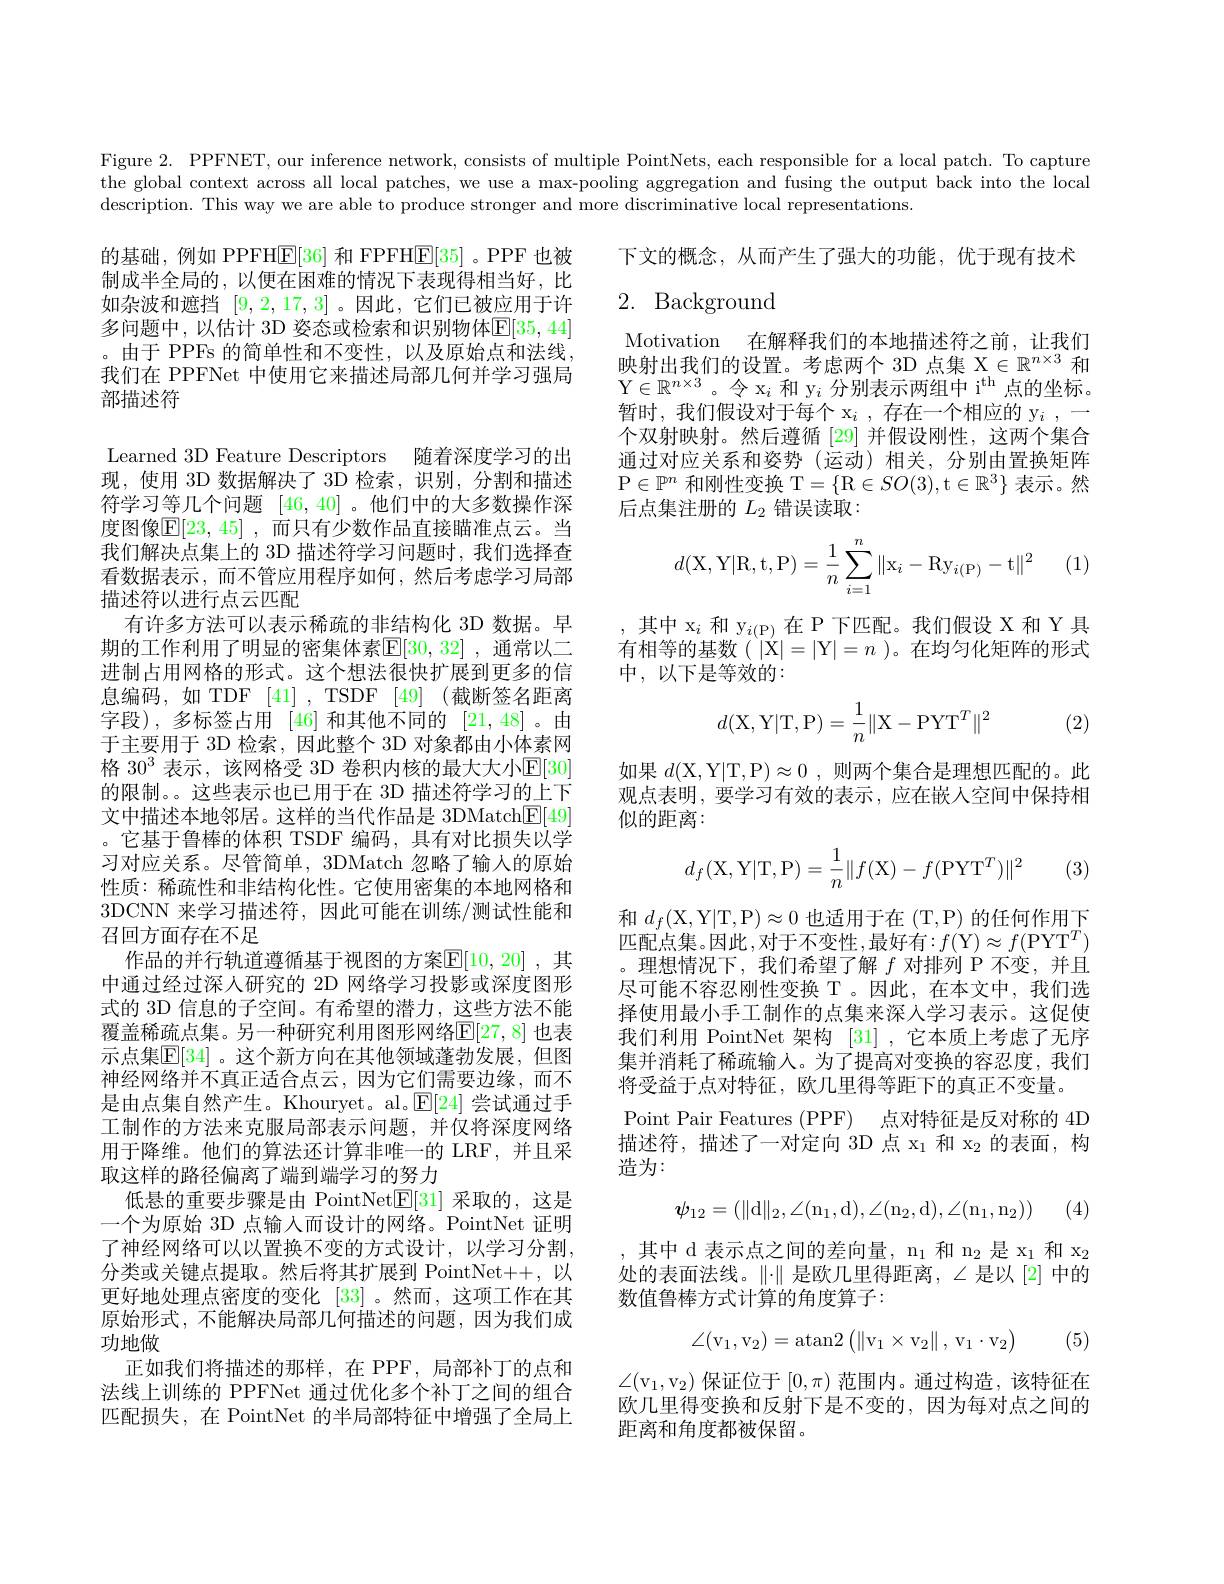
Figure 2. PPFNET, our inference network, consists of multiple PointNets, each responsible for a local patch. To capture the global context across all local patches, we use a max-pooling aggregation and fusing the output back into the local description. This way we are able to produce stronger and more discriminative local representations.

下文的概念，从而产生了强大的功能，优于现有技术

# 2. Background

的基础，例如 PPFHE[36] 和 FPFH$\boxed{\mathrm{E}}[35]$ 。PPF 也被制成半全局的，以便在困难的情况下表现得相当好，比如杂波和遮挡[9,2,17,3] 。因此，它们已被应用于许多问题中，以估计 3D 姿态或检索和识别物体E[35,44] 。由于 PPFs 的简单性和不变性，以及原始点和法线， 我们在 PPFNet 中使用它来描述局部几何并学习强局部描述符

Motivation 在解释我们的本地描述符之前，让我们映射出我们的设置。考虑两个 3D 点集 X$\in\mathbb{R}^n\times3$和Y$\in R^n\times 3$ 。令 $x_i$ 和 $y_i$ 分 别 表 示 两 组 中 $i^{th}$ 点 的 坐 标 。暂时，我们假设对于每个 x$_i$ ,存在一个相应的 y$_i$,一个双射映射。然后遵循 [29] 并假设刚性，这两个集合通过对应关系和姿势(运动)相关，分别由置换矩阵P$\in \mathbb{P} ^n$和刚性变换 T$=\{$R$\in SO(3)$,t$\in\mathbb{R}^3\}$表示。然后点集注册的$L_2$错误读取：

(1)
$$d(\mathrm X,\mathrm Y|\mathrm R,\mathrm t,\mathrm P)=\dfrac1n\sum_{i=1}^n\|\mathrm x_i-\mathrm R\mathrm y_{i(\mathrm P)}-\mathrm t\|^2$$
,其中 x$_i$和 y$_{i(\mathrm{P})}$在 P 下匹配。我们假设 X 和 Y 具有相等的基数(|| = | Y| = n ) 。在均匀化矩阵的形式中，以下是等效的：
$$d(\mathrm X,\mathrm Y|\mathrm T,\mathrm P)=\frac{1}{n}\|\mathrm X-\mathrm P\mathrm Y\mathrm T^T\|^2$$
(2)

如果$d($X, Y| T, P) $\approx$0 , 则两个集合是理想匹配的。此观点表明，要学习有效的表示，应在嵌人空间中保持相似的距离：
$$d_f(\mathrm X,\mathrm Y|\mathrm T,\mathrm P)=\dfrac{1}{n}\|f(\mathrm X)-f(\mathrm P\mathrm Y\mathrm T^T)\|^2$$
(3)

Learned 3D Feature Descriptors 随着深度学习的出现，使用 3D 数据解决了 3D 检索，识别，分割和描述符学习等几个问题[46,40] 。他们中的大多数操作深度图像$\mathbb{E}[23,45]$ ,而只有少数作品直接瞄准点云。当我们解决点集上的 3D 描述符学习问题时，我们选择查看数据表示，而不管应用程序如何，然后考虑学习局部描述符以进行点云匹配
有许多方法可以表示稀疏的非结构化 3D 数据。早期的工作利用了明显的密集体素$\mathbb{E}[30,32]$ ,通常以二进制占用网格的形式。这个想法很快扩展到更多的信息编码，如 TDF [41] , TSDF [49] (截断签名距离字段),多标签占用 [46]和其他不同的 [21,48]。由于主要用于 3D 检索，因此整个 3D 对象都由小体素网格 $30^3$ 表示，该网格受 3D 卷积内核的最大大小$\mathbb{E}[30]$ 的限制。。这些表示也已用于在 3D 描述符学习的上下文中描述本地邻居。这样的当代作品是 3DMatch$\underline{\mathrm{E}}[49]$ 。它基于鲁棒的体积 TSDF 编码，具有对比损失以学习对应关系。尽管简单，3DMatch 忽略了输人的原始性质：稀疏性和非结构化性。它使用密集的本地网格和3DCNN 来学习描述符，因此可能在训练/测试性能和召回方面存在不足
作品的并行轨道遵循基于视图的方案$\mathbb{E}[10,20]$ ,其中通过经过深人研究的 2D 网络学习投影或深度图形式的 3D 信息的子空间。有希望的潜力，这些方法不能覆盖稀疏点集。另一种研究利用图形网络$\mathbb{E}[27,8]$ 也表示点集$\mathbb{E}[34]$。这个新方向在其他领域蓬勃发展，但图神经网络并不真正适合点云，因为它们需要边缘，而不是由点集自然产生。Khouryet。al。$\mathbb{E}[24]$尝试通过手工制作的方法来克服局部表示问题，并仅将深度网络用于降维。他们的算法还计算非唯一的 LRF,并且采取这样的路径偏离了端到端学习的努力
低悬的重要步骤是由 PointNet$\mathbb{E}[31]$采取的，这是一个为原始 3D 点输入而设计的网络。PointNet 证明了神经网络可以以置换不变的方式设计，以学习分割， 分类或关键点提取。然后将其扩展到 PointNet++,以更好地处理点密度的变化 [33]。然而，这项工作在其原始形式，不能解决局部几何描述的问题，因为我们成功地做
正如我们将描述的那样，在 PPF, 局部补丁的点和法线上训练的 PPFNet 通过优化多个补丁之间的组合匹配损失，在 PointNet 的半局部特征中增强了全局上

和$d_f($X,Y|T,P$)\approx0$也适用于在(T,P)的任何作用下匹配点集。因此，对于不变性，最好有$:f($Y$)\approx f($PYT$^T)$ 。理想情况下，我们希望了解$f$对排列 P 不变，并且尽可能不容忍刚性变换 T 。因此，在本文中，我们选择使用最小手工制作的点集来深人学习表示。这促使我们利用 PointNet 架构 [31] ,它本质上考虑了无序集并消耗了稀疏输入。为了提高对变换的容忍度，我们将受益于点对特征，欧几里得等距下的真正不变量。
Point Pair Features (PPF) 点对特征是反对称的 4D 描述符，描述了一对定向 3D 点$x_1$和$x_2$的表面，构造为：
$$\psi_{12}=(\|\mathrm d\|_2,\angle(\mathrm n_1,\mathrm d),\angle(\mathrm n_2,\mathrm d),\angle(\mathrm n_1,\mathrm n_2))$$
(4)

,其中 d 表示点之间的差向量，n$_1$和 n$_2$是 x$_1$和$\mathrm x_2$ 处的表面法线。$\|\cdot\|$ 是欧几里得距离，$\angle$是以[2] 中的数值鲁棒方式计算的角度算子：
$$\angle(\mathrm v_1,\mathrm v_2)=\mathrm at\mathrm an2\left(\left\|\mathrm v_1\times\mathrm v_2\right\|,\mathrm v_1\cdot\mathrm v_2\right)$$
(5)

$\angle(\mathrm{v}_{1},\mathrm{v}_{2})$保证位于$[0,\pi)$范围内。通过构造，该特征在欧几里得变换和反射下是不变的，因为每对点之间的距离和角度都被保留。